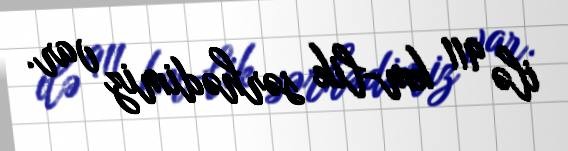
ilə 911 km-lik sərhədimiz var.